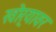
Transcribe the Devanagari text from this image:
खोर्‍यावर